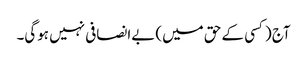
آج (کسی کے حق میں) بےانصافی نہیں ہوگی۔